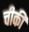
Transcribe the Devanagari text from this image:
चीकी